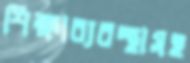
শিক্ষাব্যবস্থাসহ